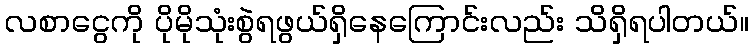
လစာငွေကို ပိုမိုသုံးစွဲရဖွယ်ရှိနေကြောင်းလည်း သိရှိရပါတယ်။